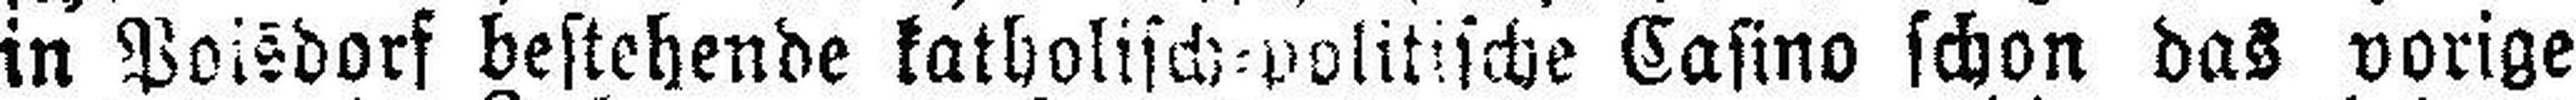
in Poisdorf bestehende katholisch=politische Casino schon das vorige